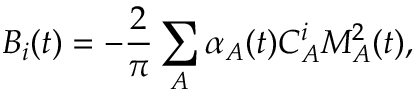
B _ { i } ( t ) = - \frac { 2 } { \pi } \sum _ { A } \alpha _ { A } ( t ) C _ { A } ^ { i } M _ { A } ^ { 2 } ( t ) ,